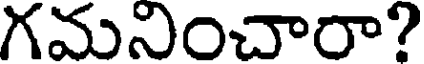
గమనించారా?